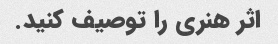
اثر هنری را توصیف کنید.